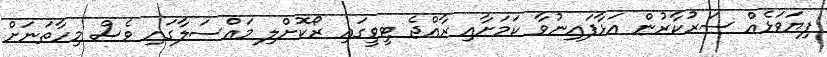
ފިޔަވަޅެއް ސަރުކާރުން އަޅާފައިނުވާ ކަމަށާއި ރާއްޖެ ޓީވީގައި ރޯކޮށްލި މައްސަލާގައި ވެސް މިހާތަނަށް